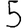
Digit: 5